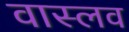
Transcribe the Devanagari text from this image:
वास्लव